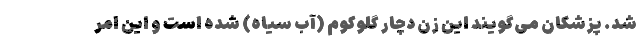
شد. پزشکان می‌گویند این زن دچار گلوکوم (آب سیاه) شده است و این امر